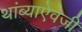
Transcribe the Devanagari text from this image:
थांब्याऐवजी